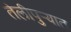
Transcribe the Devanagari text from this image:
तेलीपुर्‍यात